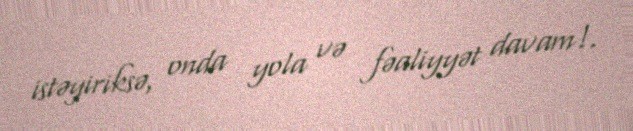
istəyiriksə, onda yola və fəaliyyət davam!.